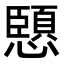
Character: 𭟏